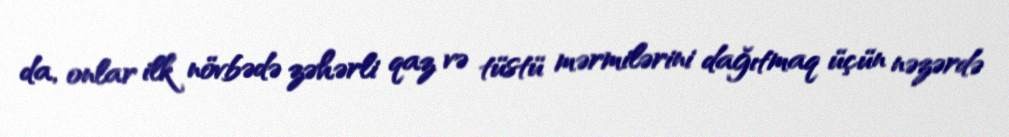
da, onlar ilk növbədə zəhərli qaz və tüstü mərmilərini dağıtmaq üçün nəzərdə